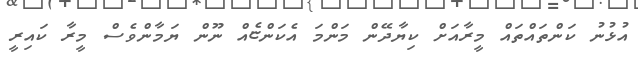
އުޅުނު ކަންތައްތައް މީރާއަށް ކިޔާދޭން މަންމަ އެކަންޏެއް ނޫން ޔަމާންވެސް މީރާ ކައިރީ